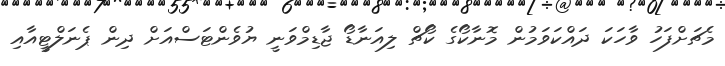
މެޗަށްފަހު ވާހަކަ ދައްކަވަމުން މޮނާކޯގެ ކޯޗް ލިއަނާޑޯ ޖާޑިމްވަނީ ޔުވެންޓަސްއަށް ދިން ޕެނަލްޓީއާއި